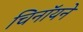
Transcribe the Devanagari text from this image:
चिनॉयने